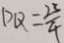
D Q = \frac { 2 5 } { 4 }